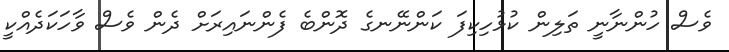
ވެސް ހުންނާނީ ތަލިން ކުޅުހިކިފަ ކަންނޭނގެ ދޮންބެ ފެންނައިރަށް ދެން ވެސް ވާހަކަދެއްކީ